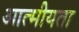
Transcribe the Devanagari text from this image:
आत्‍मीयता